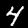
Label: 4